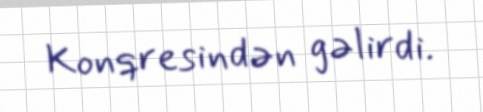
Konqresindən gəlirdi.